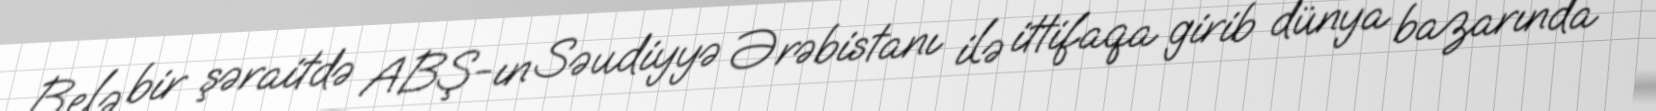
Belə bir şəraitdə ABŞ-ın Səudiyyə Ərəbistanı ilə ittifaqa girib dünya bazarında